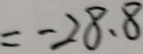
= - 2 8 . 8